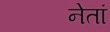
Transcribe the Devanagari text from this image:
नेतां